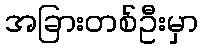
အခြားတစ်ဦးမှာ